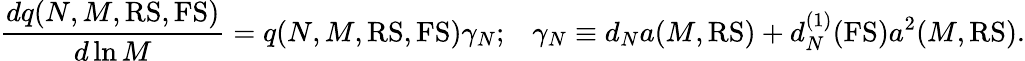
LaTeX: \frac{dq(N,M,{\mathrm{RS,FS}})}{d\ln M}=q(N,M,{\mathrm{RS,FS}})\gamma_{N};\; \; \; \gamma_{N}\equiv d_{N}a(M,{\mathrm{RS}})+d_{N}^{(1)}(\mathrm{FS})a^{2}(M,{\mathrm{RS}}).